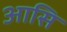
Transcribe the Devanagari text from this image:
आसि